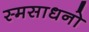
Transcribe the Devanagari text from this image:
स्मसाधनो